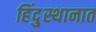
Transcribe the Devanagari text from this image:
हिंदु्स्थानात